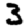
Digit: 3